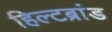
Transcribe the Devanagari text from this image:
हिल्टब्रांड